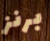
برنز